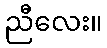
ညီလေး။